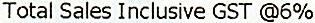
TOTAL SALES INCLUSIVE GST @6%